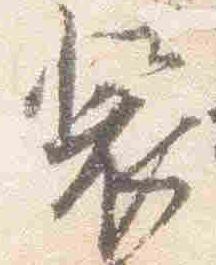
装